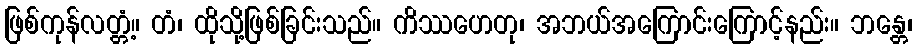
ဖြစ်ကုန်လတ္တံ့။ တံ၊ ထိုသို့ဖြစ်ခြင်းသည်။ ကိဿဟေတု၊ အဘယ်အကြောင်းကြောင့်နည်း။ ဘန္တေ၊